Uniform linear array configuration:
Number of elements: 64
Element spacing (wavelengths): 0.25
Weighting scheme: hamming
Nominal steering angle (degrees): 0
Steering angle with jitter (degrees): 1.601
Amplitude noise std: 0.05
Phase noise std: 0.05

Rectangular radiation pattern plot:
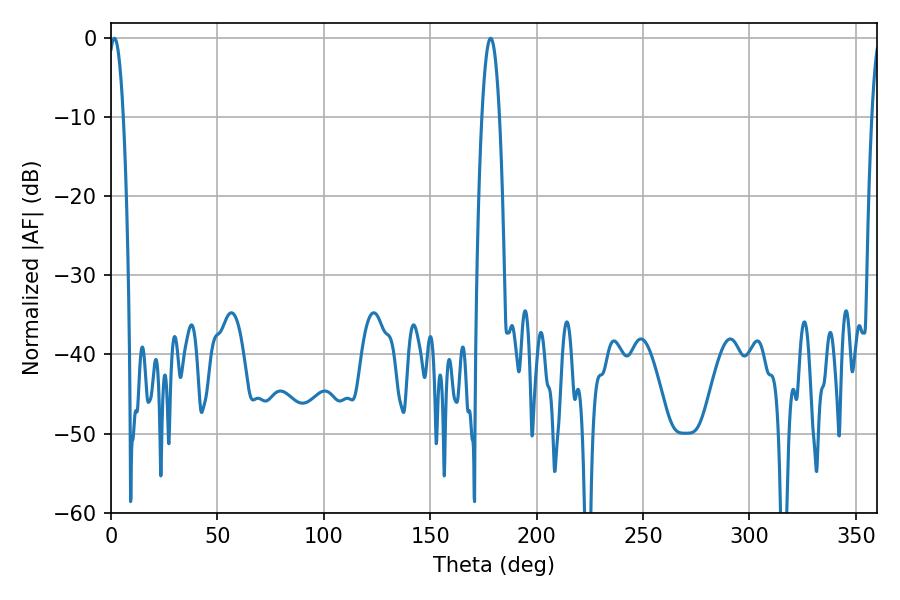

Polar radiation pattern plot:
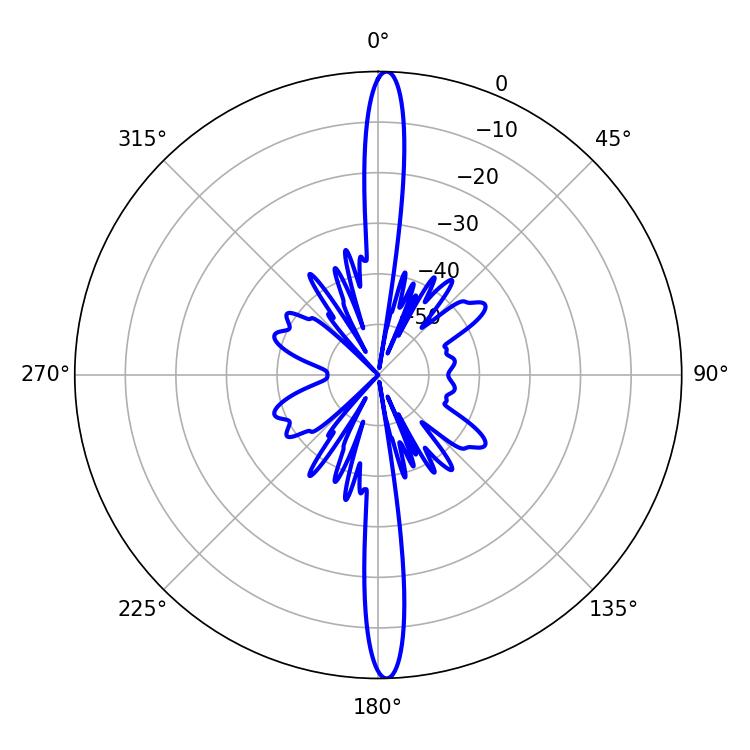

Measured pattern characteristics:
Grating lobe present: FALSE
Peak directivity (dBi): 26.133
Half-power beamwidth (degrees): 3.96
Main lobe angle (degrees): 1.62